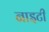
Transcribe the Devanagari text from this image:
नाइटी